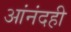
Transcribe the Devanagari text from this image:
आंनंदही